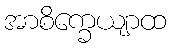
အာစိက္ခေယျာထ